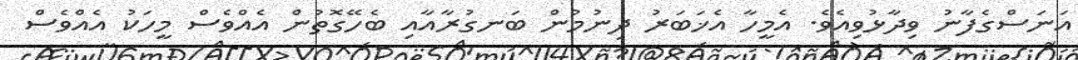
އަނަސްގެފާނު ވިދާޅުވިއެވެ. އެމީހާ އެޚަބަރު ދިނުމުން ބަނގުރާއާއި ބެހޭގޮތުން އެއްވެސް މީހަކު އެއްވެސް